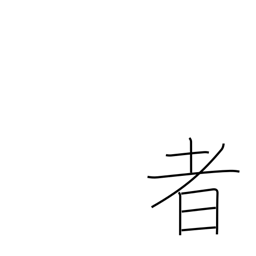
Meaning: someone